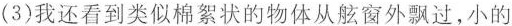
(3)我还看到类似棉絮状的物体从舷窗外飘过，小的